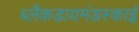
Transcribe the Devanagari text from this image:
ब्लैकडायमंडस्काई